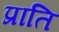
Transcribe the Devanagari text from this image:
प्राति